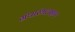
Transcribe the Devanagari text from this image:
ग्रंथारंभलक्षण